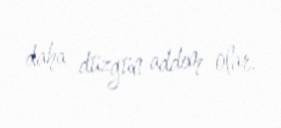
daha düzgün addım olar.